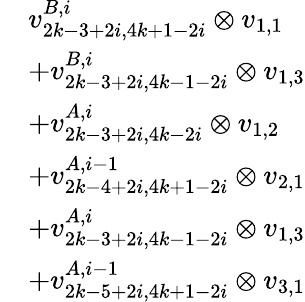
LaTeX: \begin{array}{rl}&{v_{2k-3+2i,4k+1-2i}^{B,i}\otimes v_{1,1}}\\ &{+v_{2k-3+2i,4k-1-2i}^{B,i}\otimes v_{1,3}}\\ &{+v_{2k-3+2i,4k-2i}^{A,i}\otimes v_{1,2}}\\ &{+v_{2k-4+2i,4k+1-2i}^{A,i-1}\otimes v_{2,1}}\\ &{+v_{2k-3+2i,4k-1-2i}^{A,i}\otimes v_{1,3}}\\ &{+v_{2k-5+2i,4k+1-2i}^{A,i-1}\otimes v_{3,1}}\end{array}